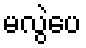
မလွဲပေ